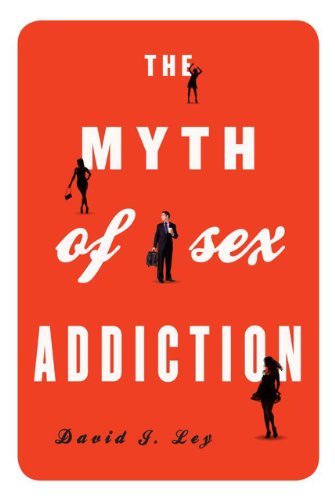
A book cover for The Myth of Sex Addiction; David J. Ley; Health, Fitness & Dieting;